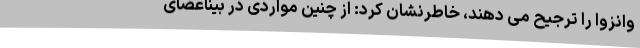
وانزوا را ترجیح می دهند، خاطرنشان کرد: از چنین مواردی در بیناعضای